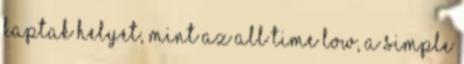
kaptak helyet, mint az All Time Low, a Simple